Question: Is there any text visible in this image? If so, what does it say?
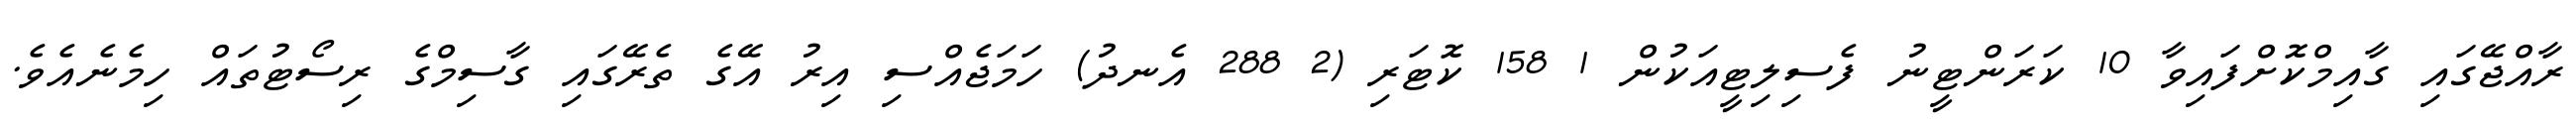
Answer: ރާއްޖޭގައި ގާއިމްކޮށްފައިވާ 10 ކަރަންޓީނު ފެސިލިޓީއަކުން 1 158 ކޮޓަރި (2 288 އެނދު) ހަމަޖެއްސި އިރު އޭގެ ތެރޭގައި ގާސިމްގެ ރިސޯޓުތައް ހިމެނެއެވެ.